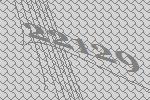
22129